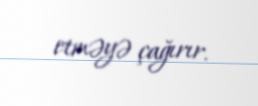
etməyə çağırır.